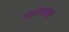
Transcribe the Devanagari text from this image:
जसेच्यातसे